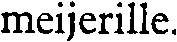
meijerille.